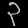
Digit: ၃